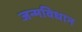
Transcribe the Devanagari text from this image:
जन्मविधान